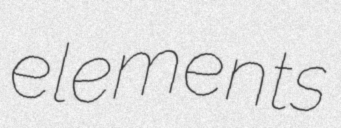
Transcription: elements